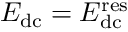
E _ { \mathrm { d c } } = E _ { \mathrm { d c } } ^ { \mathrm { r e s } }